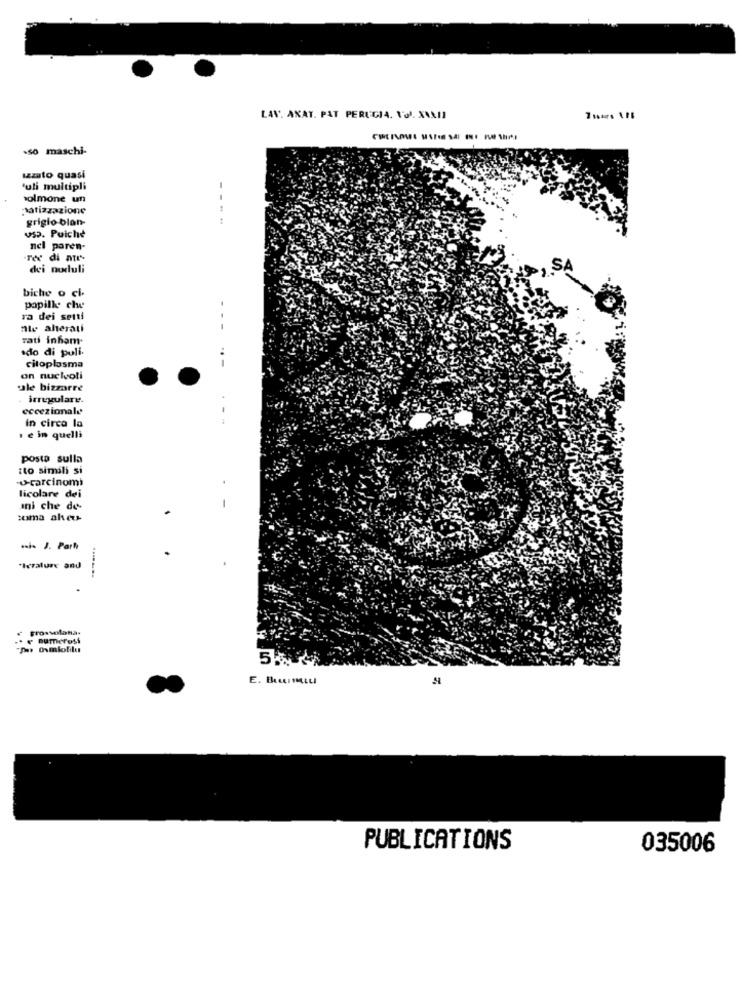
LAV. ANAT. PAT PERUGIA. 1'Ol. XIXII
-so maschi-
izzato quasi
'uli multipli
solmone un
Matizzazione
grigio blan-
US. Poiché
nel paren-
rex di aur"-
dei noduli
SA
biche o ci.
papille che
ra dei seiti
ale aherati
rati inham-
sdo di puli.
citoplasma
on nucivoli
ale bizzarre
irregulare.
eccezionale
In circa la
. e in quelli
posta sulla
tto simili si
U-carcinomi
licolare dei
mni che de
toma aleu-
.si- J. Parh
*Ierature and
grossolana-
"A Ovmlofilu
5%
PUBLICATIONS
035006